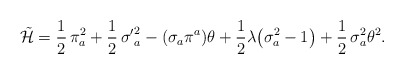
\begin{align*}\tilde {\cal H} = \frac{1}{2}\,\pi^2_a + \frac{1}{2}\,{\sigma^\prime} ^2_a - (\sigma_a\pi^a)\theta +\frac{1}{2}\lambda \bigl(\sigma^2_a - 1\bigr)+ \frac{1}{2}\,\sigma^2_a\theta^2 .\end{align*}